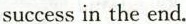
success in the end.